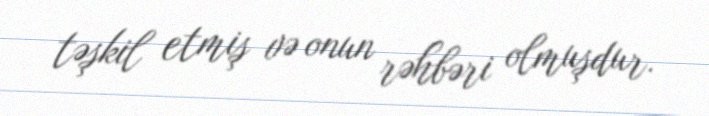
təşkil etmiş və onun rəhbəri olmuşdur.